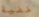
خفية